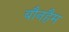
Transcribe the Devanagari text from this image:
बौनहैम